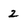
Character: 2